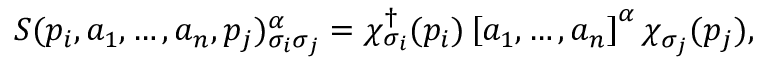
S ( p _ { i } , a _ { 1 } , \ldots , a _ { n } , p _ { j } ) _ { \sigma _ { i } \sigma _ { j } } ^ { \alpha } = \chi _ { \sigma _ { i } } ^ { \dagger } ( p _ { i } ) \left[ a _ { 1 } , \ldots , a _ { n } \right] ^ { \alpha } \chi _ { \sigma _ { j } } ( p _ { j } ) ,